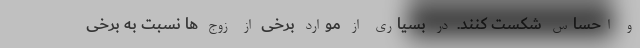
و احساس شکست کنند. در بسیاری از موارد برخی از زوج ها نسبت به برخی